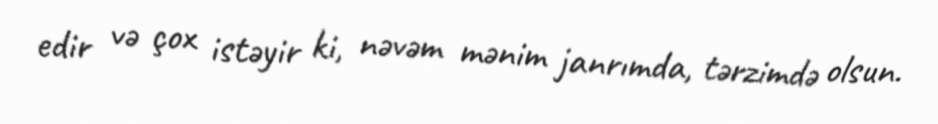
edir və çox istəyir ki, nəvəm mənim janrımda, tərzimdə olsun.